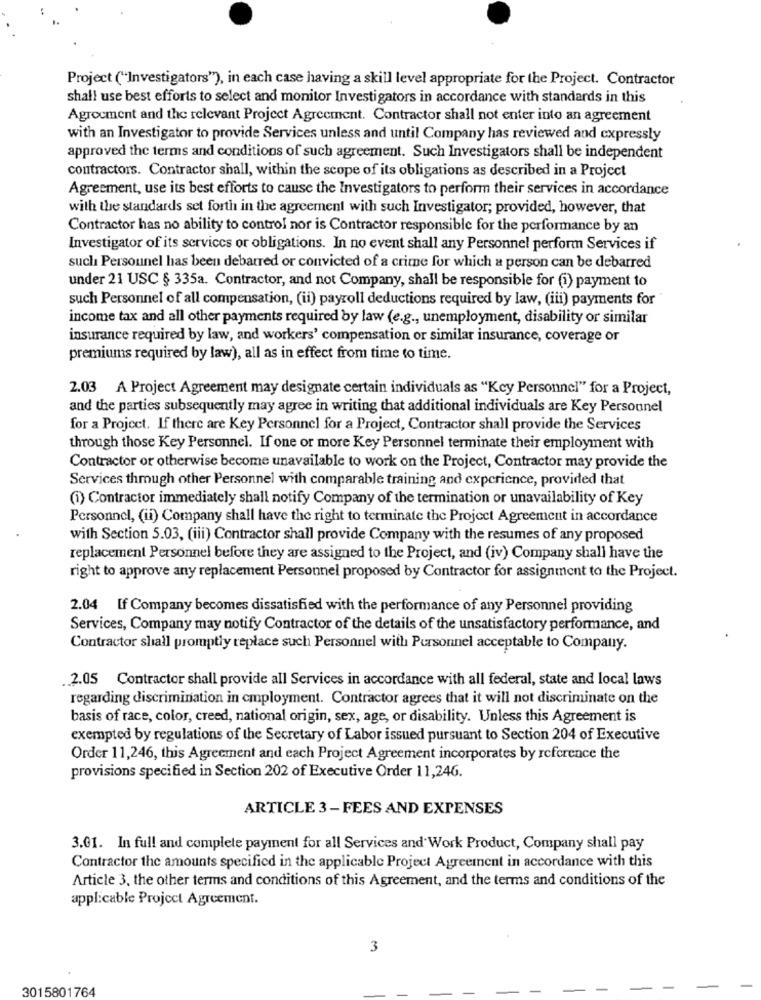
Project ("Investigators"), in each case having a skill level appropriate for the Project. Contractor
shall use best efforts to select and monitor Investigators in accordance with standards in this
Agrocment and the relevant Project Agreement. Contractor shall not enter into an agreement
with an Investigator to provide Services unless and until Company has reviewed and expressly
approved the terms and conditions of such agreement. Such Investigators shall be independent
contractors. Contractor shall, within the scope of its obligations as described in a Project
Agreement, use its best efforts to cause the Investigators to perform their services in accordance
with the standards set forth in the agreement with such Investigator; provided, however, that
Contractor has no ability to control nor is Contractor responsible for the performance by an
Investigator of its services or obligations. In no event shall any Personnel perform Services if
such Personnel has been debarred or convicted of a crime for which a person can be debarred
under 21 USC § 335a. Contractor, and not Company, shall be responsible for (i) payment to
such Personnel of all compensation, (ii) payroll deductions required by law, (iii) payments for
income tax and all other payments required by law (e.g ., unemployment, disability or similar
insurance required by law, and workers' compensation or similar insurance, coverage or
premiums required by law), all as in effect from time to time.
2.03 A Project Agreement may designate certain individuals as "Key Personnel" for a Project,
and the parties subsequently may agree in writing that additional individuals are Key Personnel
for a Project. If there are Key Personnel for a Project, Contractor shall provide the Services
through those Key Personnel. If one or more Key Personnel terminate their employment with
Contractor or otherwise become unavailable to work on the Project, Contractor may provide the
Services through other Personnel with comparable training and experience, provided that
(i) Contractor immediately shall notify Company of the termination or unavailability of Key
Personnel, (ii) Company shall have the right to terminate the Project Agreement in accordance
with Section 5.03, (iii) Contractor shall provide Company with the resumes of any proposed
replacement Personnel before they are assigned to the Project, and (iv) Company shall have the
right to approve any replacement Personnel proposed by Contractor for assignment to the Project.
2.04 If Company becomes dissatisfied with the performance of any Personnel providing
Services, Company may notify Contractor of the details of the unsatisfactory performance, and
Contractor shall promptly replace such Personnel with Pursonnel acceptable to Company.
2.05 Contractor shall provide all Services in accordance with all federal, state and local laws
regarding discrimination in employment. Contractor agrees that it will not discriminate on the
basis of race, color, creed, national origin, sex, age, or disability. Unless this Agreement is
exempted by regulations of the Secretary of Labor issued pursuant to Section 204 of Executive
Order 11,246, this Agreement and each Project Agreement incorporates by reference the
provisions specified in Section 202 of Executive Order 11,246.
ARTICLE 3 - FEES AND EXPENSES
3.01. In full and complete payment for all Services and Work Product, Company shall pay
Contractor the amounts specified in the applicable Project Agreement in accordance with this
Article 3, the other terms and conditions of this Agreement, and the terms and conditions of the
applicable Project Agreement.
3
3015801764